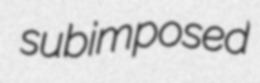
subimposed